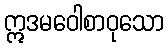
ဣဒမဝေါစာဝုသော